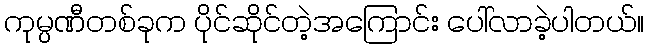
ကုမ္ပဏီတစ်ခုက ပိုင်ဆိုင်တဲ့အကြောင်း ပေါ်လာခဲ့ပါတယ်။